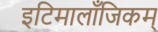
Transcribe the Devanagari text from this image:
इटिमालाँजिकम्